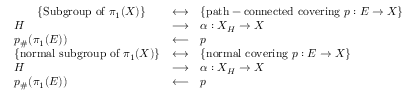
{ \begin{array} { l l l } { \qquad \displaystyle \{ { \mathrm { S u b g r o u p ~ o f ~ } } \pi _ { 1 } ( X ) \} } & { \longleftrightarrow } & { \displaystyle \{ { \mathrm { p a t h - c o n n e c t e d ~ c o v e r i n g ~ } } p : E \rightarrow X \} } \\ { H } & { \longrightarrow } & { \alpha : X _ { H } \rightarrow X } \\ { p _ { \# } ( \pi _ { 1 } ( E ) ) } & { \longleftarrow } & { p } \\ { \displaystyle \{ { \mathrm { n o r m a l ~ s u b g r o u p ~ o f ~ } } \pi _ { 1 } ( X ) \} } & { \longleftrightarrow } & { \displaystyle \{ { \mathrm { n o r m a l ~ c o v e r i n g ~ } } p : E \rightarrow X \} } \\ { H } & { \longrightarrow } & { \alpha : X _ { H } \rightarrow X } \\ { p _ { \# } ( \pi _ { 1 } ( E ) ) } & { \longleftarrow } & { p } \end{array} }